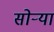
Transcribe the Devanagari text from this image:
सोर्‍या